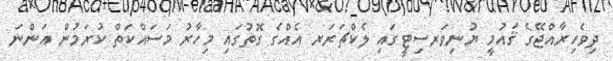
ދިވެހިރާއްޖޭގެ ޤައުމީ ޔުނިވަރސިޓީގައި ލެކްޗަރަރ އެއްގެ ގޮތުގައި މިހާރު މަސައްކަތް ކުރަމުން އަންނަ